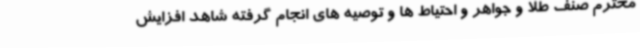
محترم صنف طلا و جواهر و احتیاط ها و توصیه های انجام گرفته شاهد افزایش